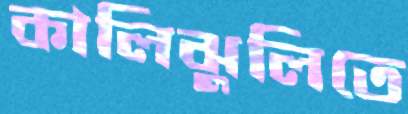
কালিঝুলিতে